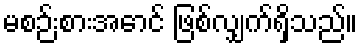
မစဉ်းစားအောင် ဖြစ်လျှက်ရှိသည်။